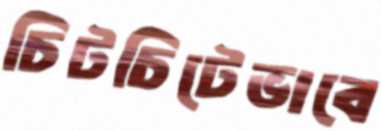
চিটচিটেভাবে